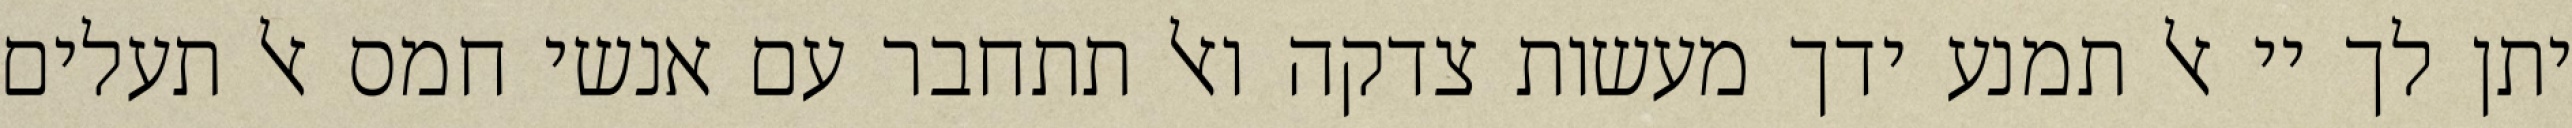
יתן לך יי אל תמנע ידך מעשות צדקה ואל תתחבר עם אנשי חמס אל תעלים